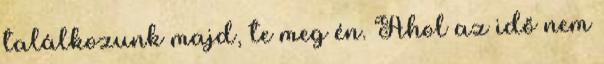
találkozunk majd, te meg én. Ahol az idő nem